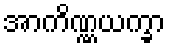
အာကိဏ္ဏယက္ခာ